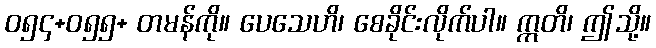
ဝ၅၄+ဝ၅၅+ တမန်ကို။ ပေသေဟိ၊ စေခိုင်းလိုက်ပါ။ ဣတိ၊ ဤသို့။